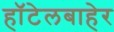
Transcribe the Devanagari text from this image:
हॉटेलबाहेर